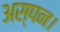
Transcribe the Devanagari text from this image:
अस्पन।